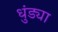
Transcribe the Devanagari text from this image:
धुंड्या